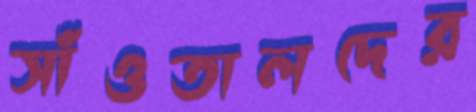
সাঁওতালদের